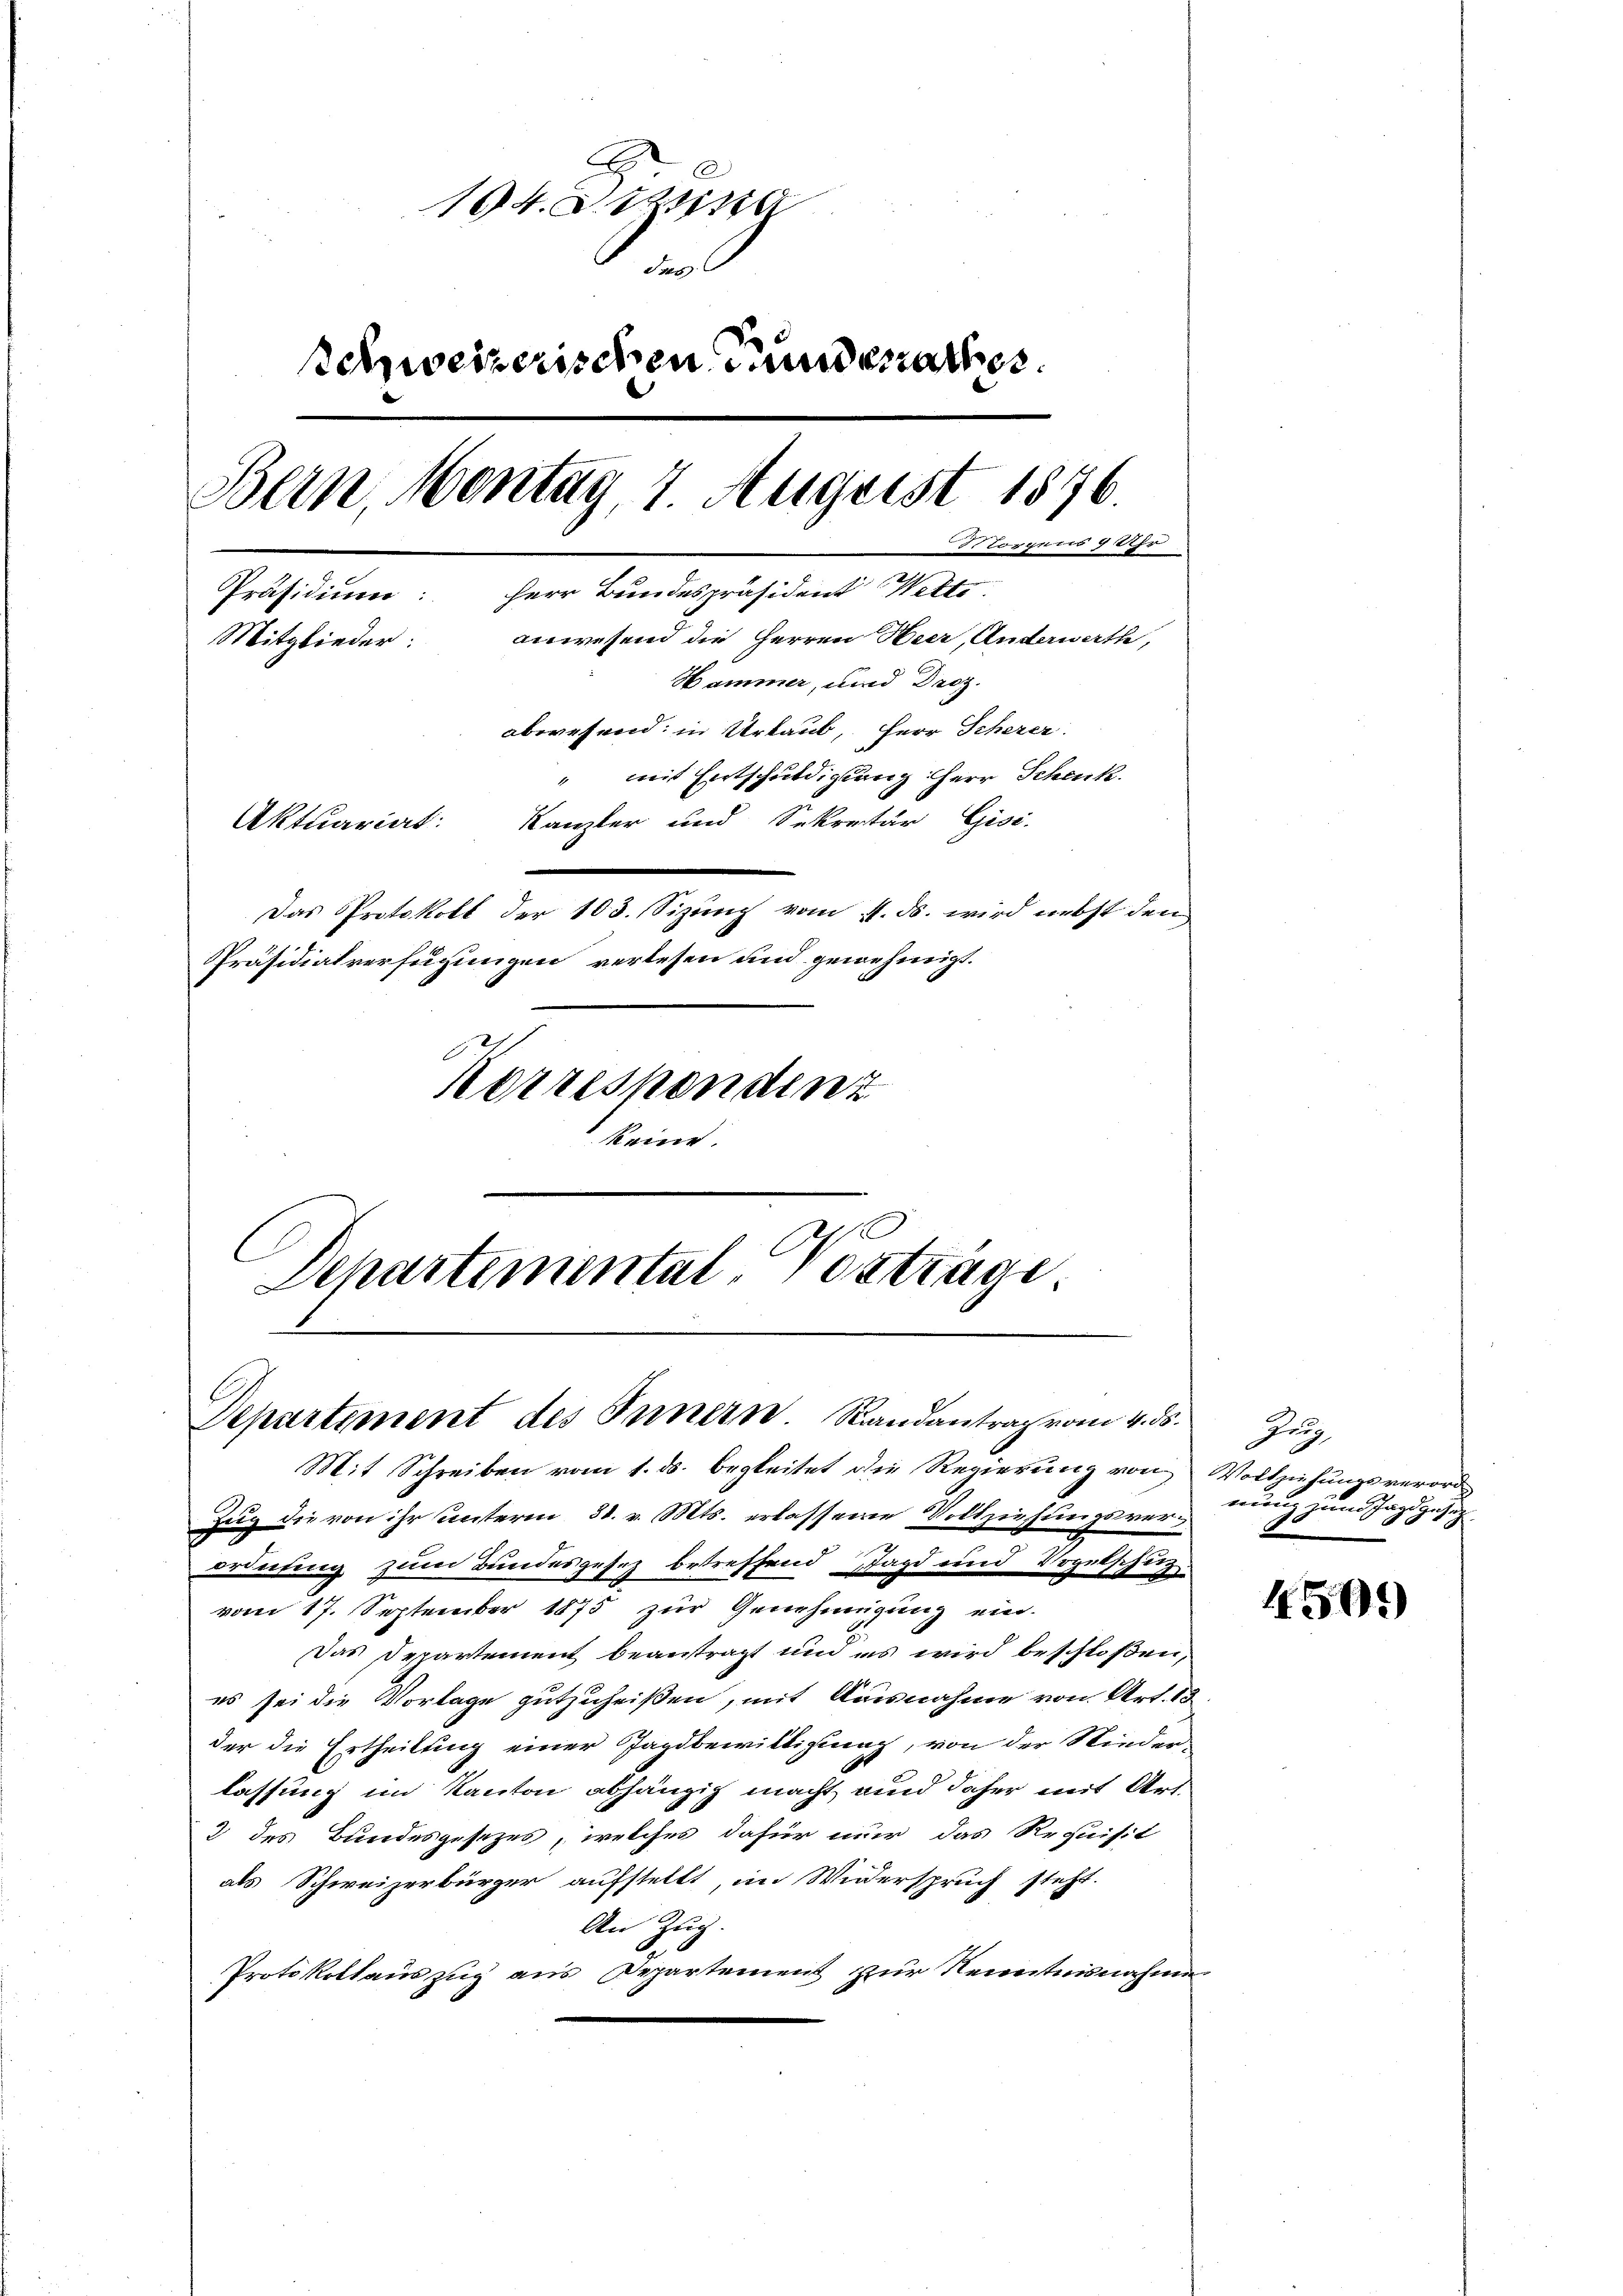
194. Beisa
5
schweizerischen und erathes.
Bern, Montag 7 August 1876.
torgnis 9 Uhr
Präsidium: Herr Bundespräsident Wette
anwesend die Herren Heer, Anderwerth,
Mitglieder:
Hammer, und Droz.
abwesend: in Urlaub, Herr Scherer
" mit Entschuldigung Herr Schenk.
Kanzler und Sekretär Gisi-
Aktuariat
Das Protokoll der 103. Sizung vom 11. ds. wird nebst den
Präsidialverfügungen verlesen und gewehneigt.
Korrespendenz
keine

C
Departemental-Vorträge.
Departement des Innern. Randantrag vom 4. ds.

Mit Schreiben vom 1. ds. begleitet die Regierung von Vollziehungsverord
Zug die von ihr unterm 31. v. Mts. erlassene Vollziehungsverordnung zum Bundesgesetz betreffend Jagd und Vegetschug.
vom 17. September 1875 zur Genehmigung ein.
Das Departement beantragt und es wird beschloßen,
es sei die Vorlage gutzuheißen, mit Ausnahme von Art. 13.
der die Ertheilung einer Jagdbewilligung, von der Niederlassung im Kanton abhängig macht und daher mit Art.
3 des Bundesgesezes, welches dafür nur das Requisit
als Schweizerbürger aufstellt, im Widerspruch steht.
An Zug.
Protokollauszug aus Departement zur Kenntnisnahme

Zug
nung zum Jagd gesetz¬
.

4501)